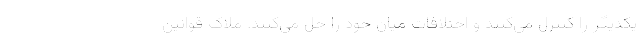
یکدیگر را کنترل می‌کنند و اختلافات میان خود را حل می‌کنند. ملاک قوانین